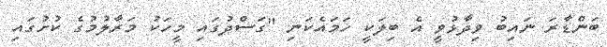
ބަންޑާރަ ނައިބު ވިދާޅުވީ އެ ބިލަކީ ހަމައެކަނި "ގަސްދުގައި މީހަކު މަރާލުމުގެ ކުށުގައި